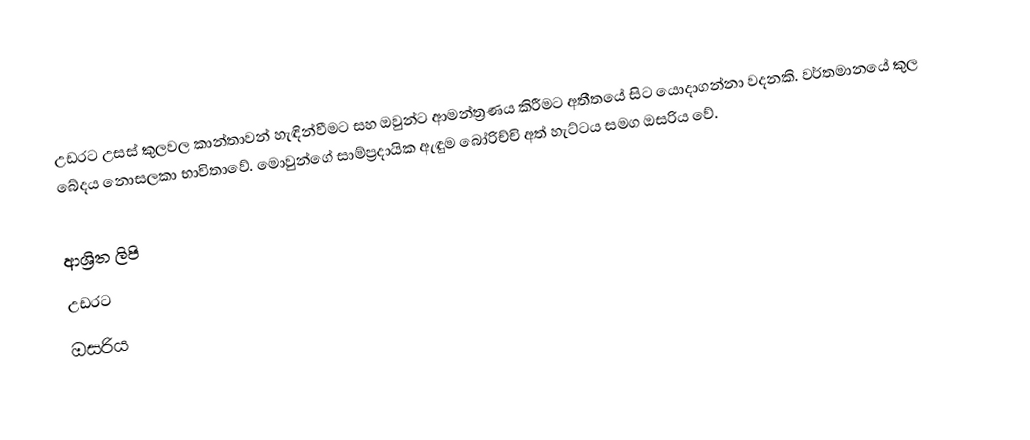
උඩරට උසස් කුලවල කාන්තාවන් හැඳින්වීමට සහ ඔවුන්ට ආමන්ත්‍රණය කිරීමට අතීතයේ සිට යොදාගන්නා වදනකි. වර්තමානයේ කුල බේදය නොසලකා භාවිතාවේ. මොවුන්ගේ සාම්ප්‍රදායික ඇඳුම බෝරිච්චි අත් හැට්ටය  සමග ඔසරිය වේ.

ආශ්‍රිත ලිපි
 උඩරට
 ඔසරිය